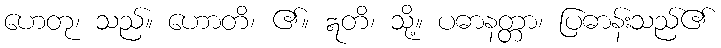
ဟေတု၊ သည်။ ဟောတိ၊ ၏။ ဣတိ၊ သို့။ ပဓာနတ္တာ၊ ပြဓာန်းသည်၏